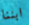
ابننا